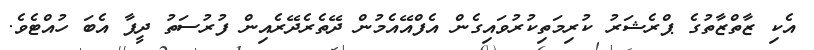
އެކި ޒާތްޒާތުގެ ޕްރެޝަރު ކުރިމަތިކުރުވައިގެން އެފްއޭއެމުން ދޭތެރެދޭރެއިން ފުރުސަތު ދީފާ އެބަ ހުއްޓެވެ.